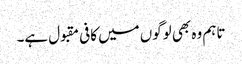
تاہم وہ بھی لوگوں میں کافی مقبول ہے۔